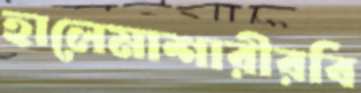
হালেমাশারীরবি